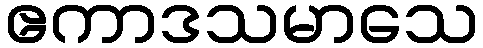
ဧကာဒသမာသေ